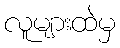
လူများထဲမှ